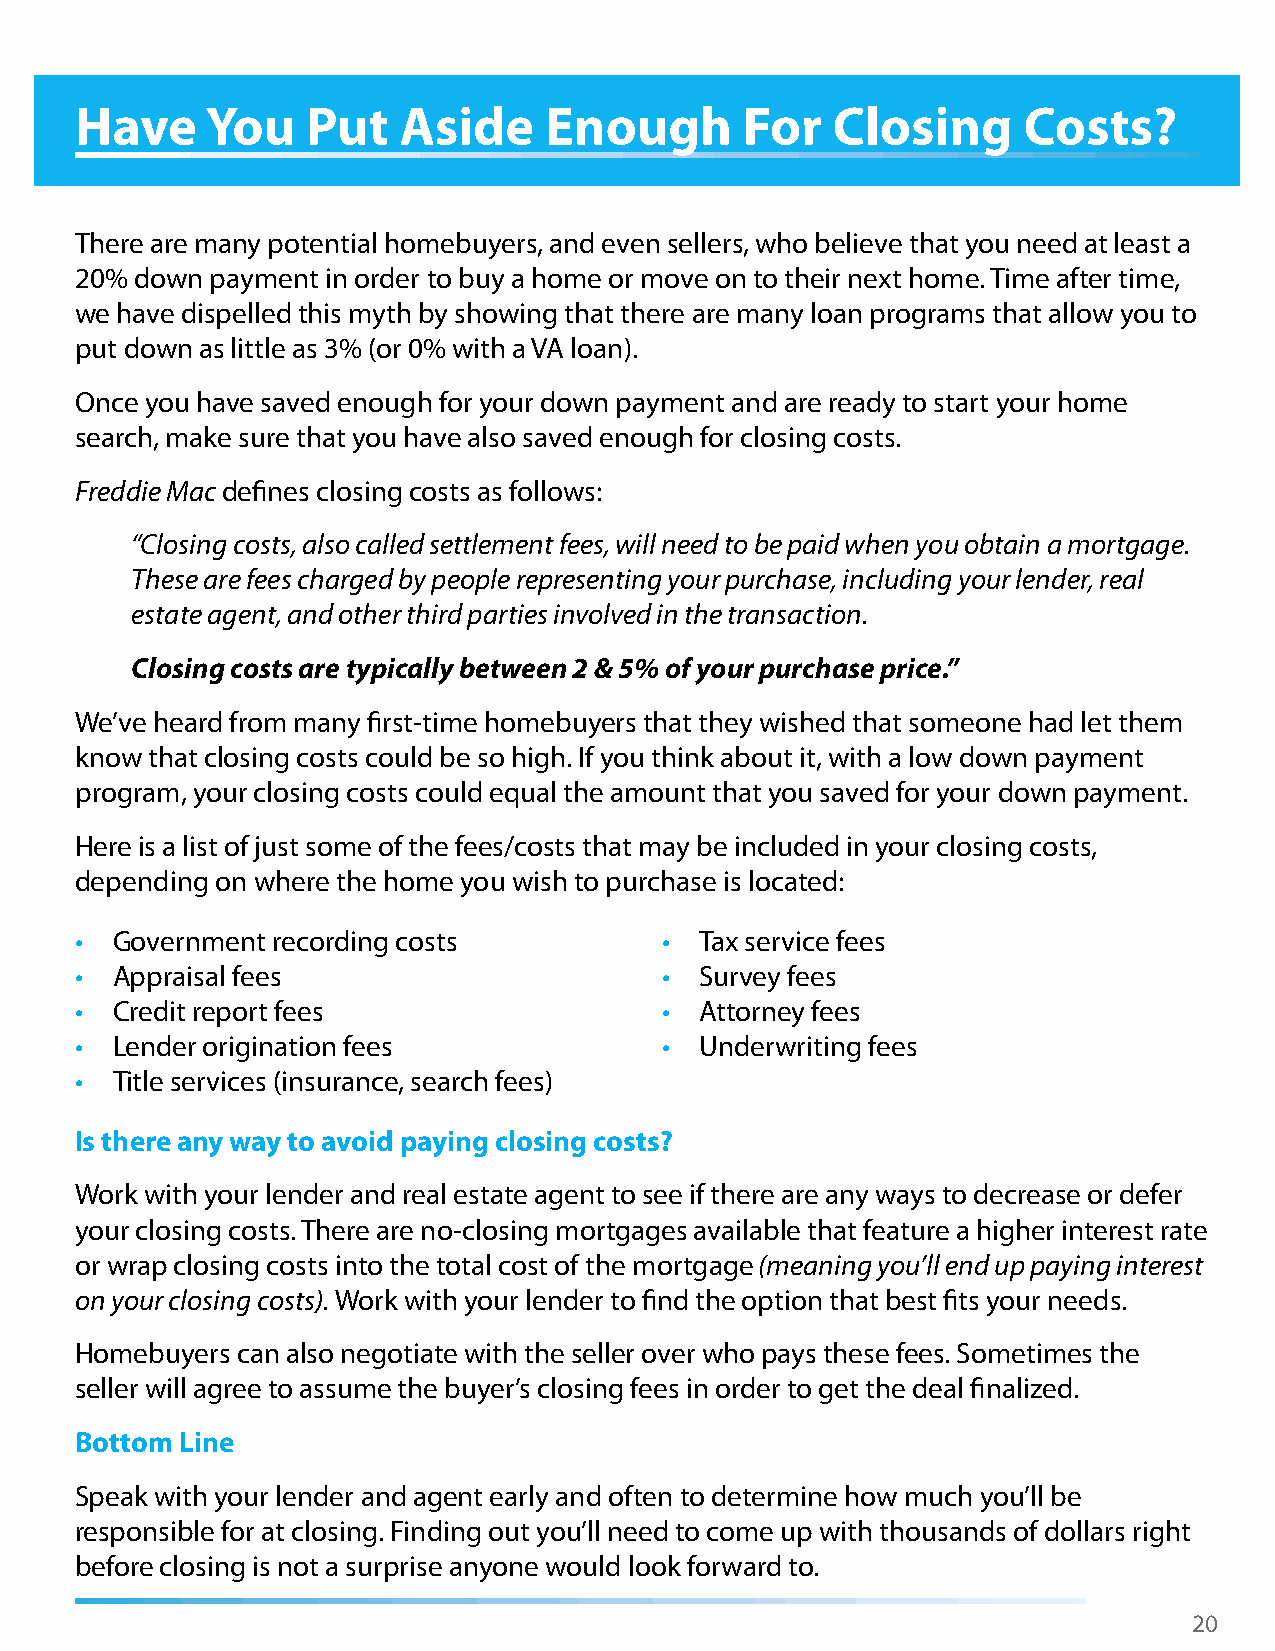
Have     You   Put   Aside     Enough       For   Closing      Costs?
 There are many potential homebuyers, and even sellers, who believe that you need at least a
 20% down payment in order to buy a home or move on to their next home. Time after time,
 we have dispelled this myth by showing that there are many loan programs that allow you to
 put down as little as 3% (or 0% with a VA loan).
 Once you have saved enough for your down payment and are ready to start your home
 search, make sure that you have also saved enough for closing costs.
 Freddie Mac defines closing costs as follows:
 “Closing costs, also called settlement fees, will need to be paid when you obtain a mortgage.
 These are fees charged by people representing your purchase, including your lender, real
 estate agent, and other third parties involved in the transaction.
 Closing costs are typically between 2 & 5% of your purchase price.”
 We’ve heard from many first-time homebuyers that they wished that someone had let them
 know that closing costs could be so high. If you think about it, with a low down payment
 program, your closing costs could equal the amount that you saved for your down payment.
 Here is a list of just some of the fees/costs that may be included in your closing costs,
 depending on where the home you wish to purchase is located:
 • Government recording costs           • Tax service fees
 • Appraisal fees                       • Survey fees
 • Credit report fees                   • Attorney fees
 • Lender origination fees              • Underwriting fees
 • Title services (insurance, search fees)
 Is there any way to avoid paying closing costs?
 Work with your lender and real estate agent to see if there are any ways to decrease or defer
 your closing costs. There are no-closing mortgages available that feature a higher interest rate
 or wrap closing costs into the total cost of the mortgage (meaning you’ll end up paying interest
 on your closing costs). Work with your lender to find the option that best fits your needs.
 Homebuyers can also negotiate with the seller over who pays these fees. Sometimes the
 seller will agree to assume the buyer’s closing fees in order to get the deal finalized.
 Bottom Line
 Speak with your lender and agent early and often to determine how much you’ll be
 responsible for at closing. Finding out you’ll need to come up with thousands of dollars right
 before closing is not a surprise anyone would look forward to.
 20